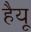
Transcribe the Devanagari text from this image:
हैयू